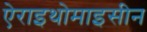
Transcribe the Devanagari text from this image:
ऐराइथोमाइसीन